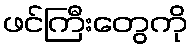
ဖင်ကြီးတွေကို